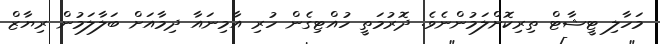
މަހާލި ޓީޝާޓް ތިރިކޮށްލަމުންނެވެ. ދޮރުމަތީ ހުއްޓިގެން ހުރި އާމިނައާ ދިމާއަށް ބަލާލަމުން ރިޔާޒް